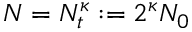
N = N _ { t } ^ { \kappa } : = 2 ^ { \kappa } N _ { 0 }